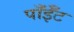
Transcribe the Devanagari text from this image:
पाँईँट